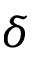
\delta